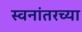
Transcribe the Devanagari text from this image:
स्वनांतरच्या